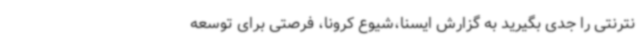
نترنتی را جدی بگیرید به گزارش ایسنا،شیوع کرونا، فرصتی برای توسعه